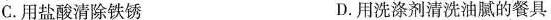
C.用盐酸清除铁锈 D.用洗涤剂清洗油腻的餐具